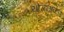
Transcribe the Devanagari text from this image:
योजनाव्दारे